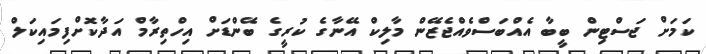
ކަމަށް ޖަސްޓިން ބީބާ އެއްބަސްވެއްޖެޒޭން މާލިކް އޭނާގެ ކުރީގެ ބޭންޑަށް އިހްތިރާމް އަދާކޮށްފިމައިކަލް